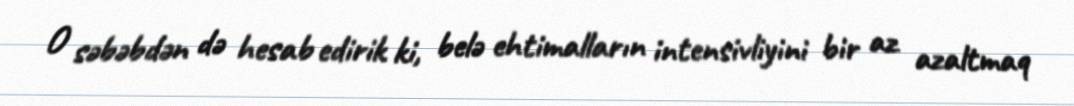
O səbəbdən də hesab edirik ki, belə ehtimalların intensivliyini bir az azaltmaq